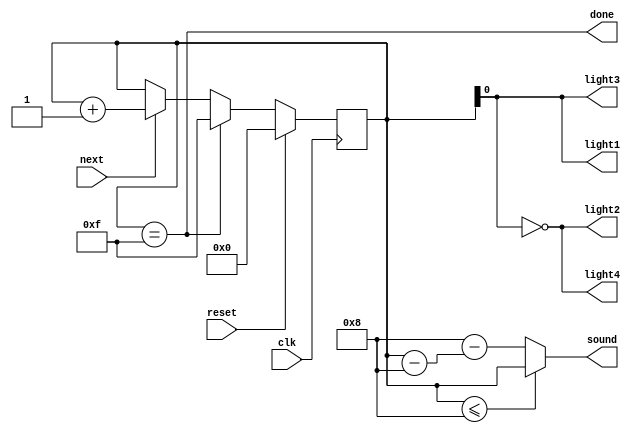
module round_win_anim(input clk, next, reset, output reg [3:0] sound, output light1, light2, light3, light4, done);
	
	reg [3:0] state, nState;
	
	initial begin
		state <= 4'b0000;
		sound <= 4'b0000;
	end
	
	always @ (negedge clk) begin
		
		state <= nState;
	
	end
	
	always @ (*) begin
		
		if (~reset) begin
			if (state == 4'b1111)
				nState = 4'b1111;
			else
				if (next)
					nState = state + 4'b0001;
				else
					nState = state;
		end
		else begin
			nState = 4'b0000;
		end
		
		if (state <= 4'b1000)
			sound = state;
		else
			sound = 4'b1000 - (state - 4'b1000);
		
	end
	
	assign light1 = state[0];
	assign light2 = ~state[0];
	assign light3 = state[0];
	assign light4 = ~state[0];
	
	assign done = (state == 4'b1111);

endmodule